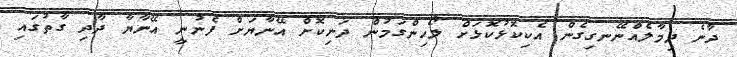
ދާނެ ދިމާލެއްނޭނގިގެން އެކިކޮޅުކޮޅަށް ލޯހިންގަމުން ދަނިކޮށް އޭނާޔަށް ފެނުނީ އޭނާޔާ ދާދި ގާތުގައި